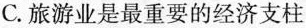
C.旅游业是最重要的经济支柱